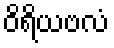
ဝိရိယဗလံ